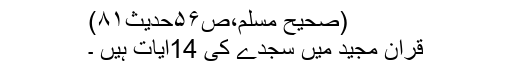
(صَحِیح مُسلِم،ص۵۶حدیث۸۱)
قراٰنِ مجید میں سجدے کی 14آیات ہیں ۔